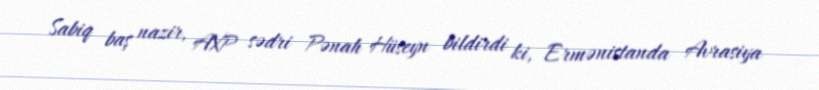
Sabiq baş nazir, AXP sədri Pənah Hüseyn bildirdi ki, Ermənistanda Avrasiya